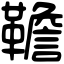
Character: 韂